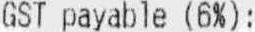
GST PAYABLE (6%):